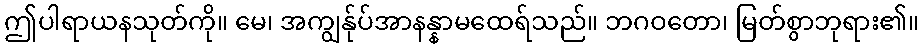
ဤပါရာယနသုတ်ကို။ မေ၊ အကျွန်ုပ်အာနန္နာမထေရ်သည်။ ဘဂဝတော၊ မြတ်စွာဘုရား၏။